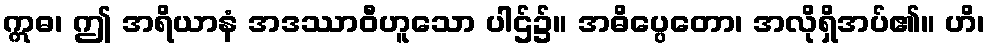
ဣဓ၊ ဤ အရိယာနံ အဒဿာဝီဟူသော ပါဌ်၌။ အဓိပ္ပေတော၊ အလိုရှိအပ်၏။ ဟိ၊